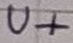
Text: U+